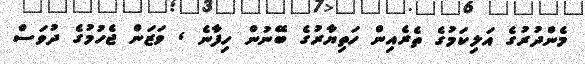
މެންދުރުގެ އަލިކަމުގެ ތެރެއިން ހަތިޔާރުގެ ބޭނުން ހިފާނެ